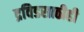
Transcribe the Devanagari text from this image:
द्रविडसाठीही